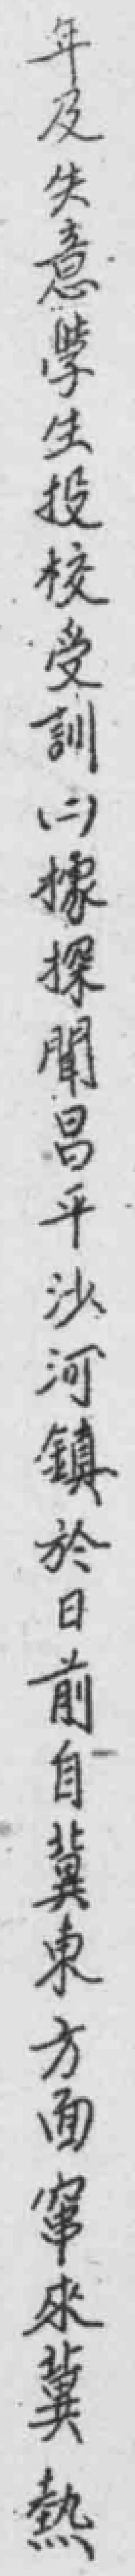
年及失意學生投校受訓（二）據探聞昌平沙河镇於日前自冀東方面窜來冀熱